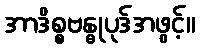
အာဒိစ္စဗန္ဓုပုဒ်အဖွင့်။